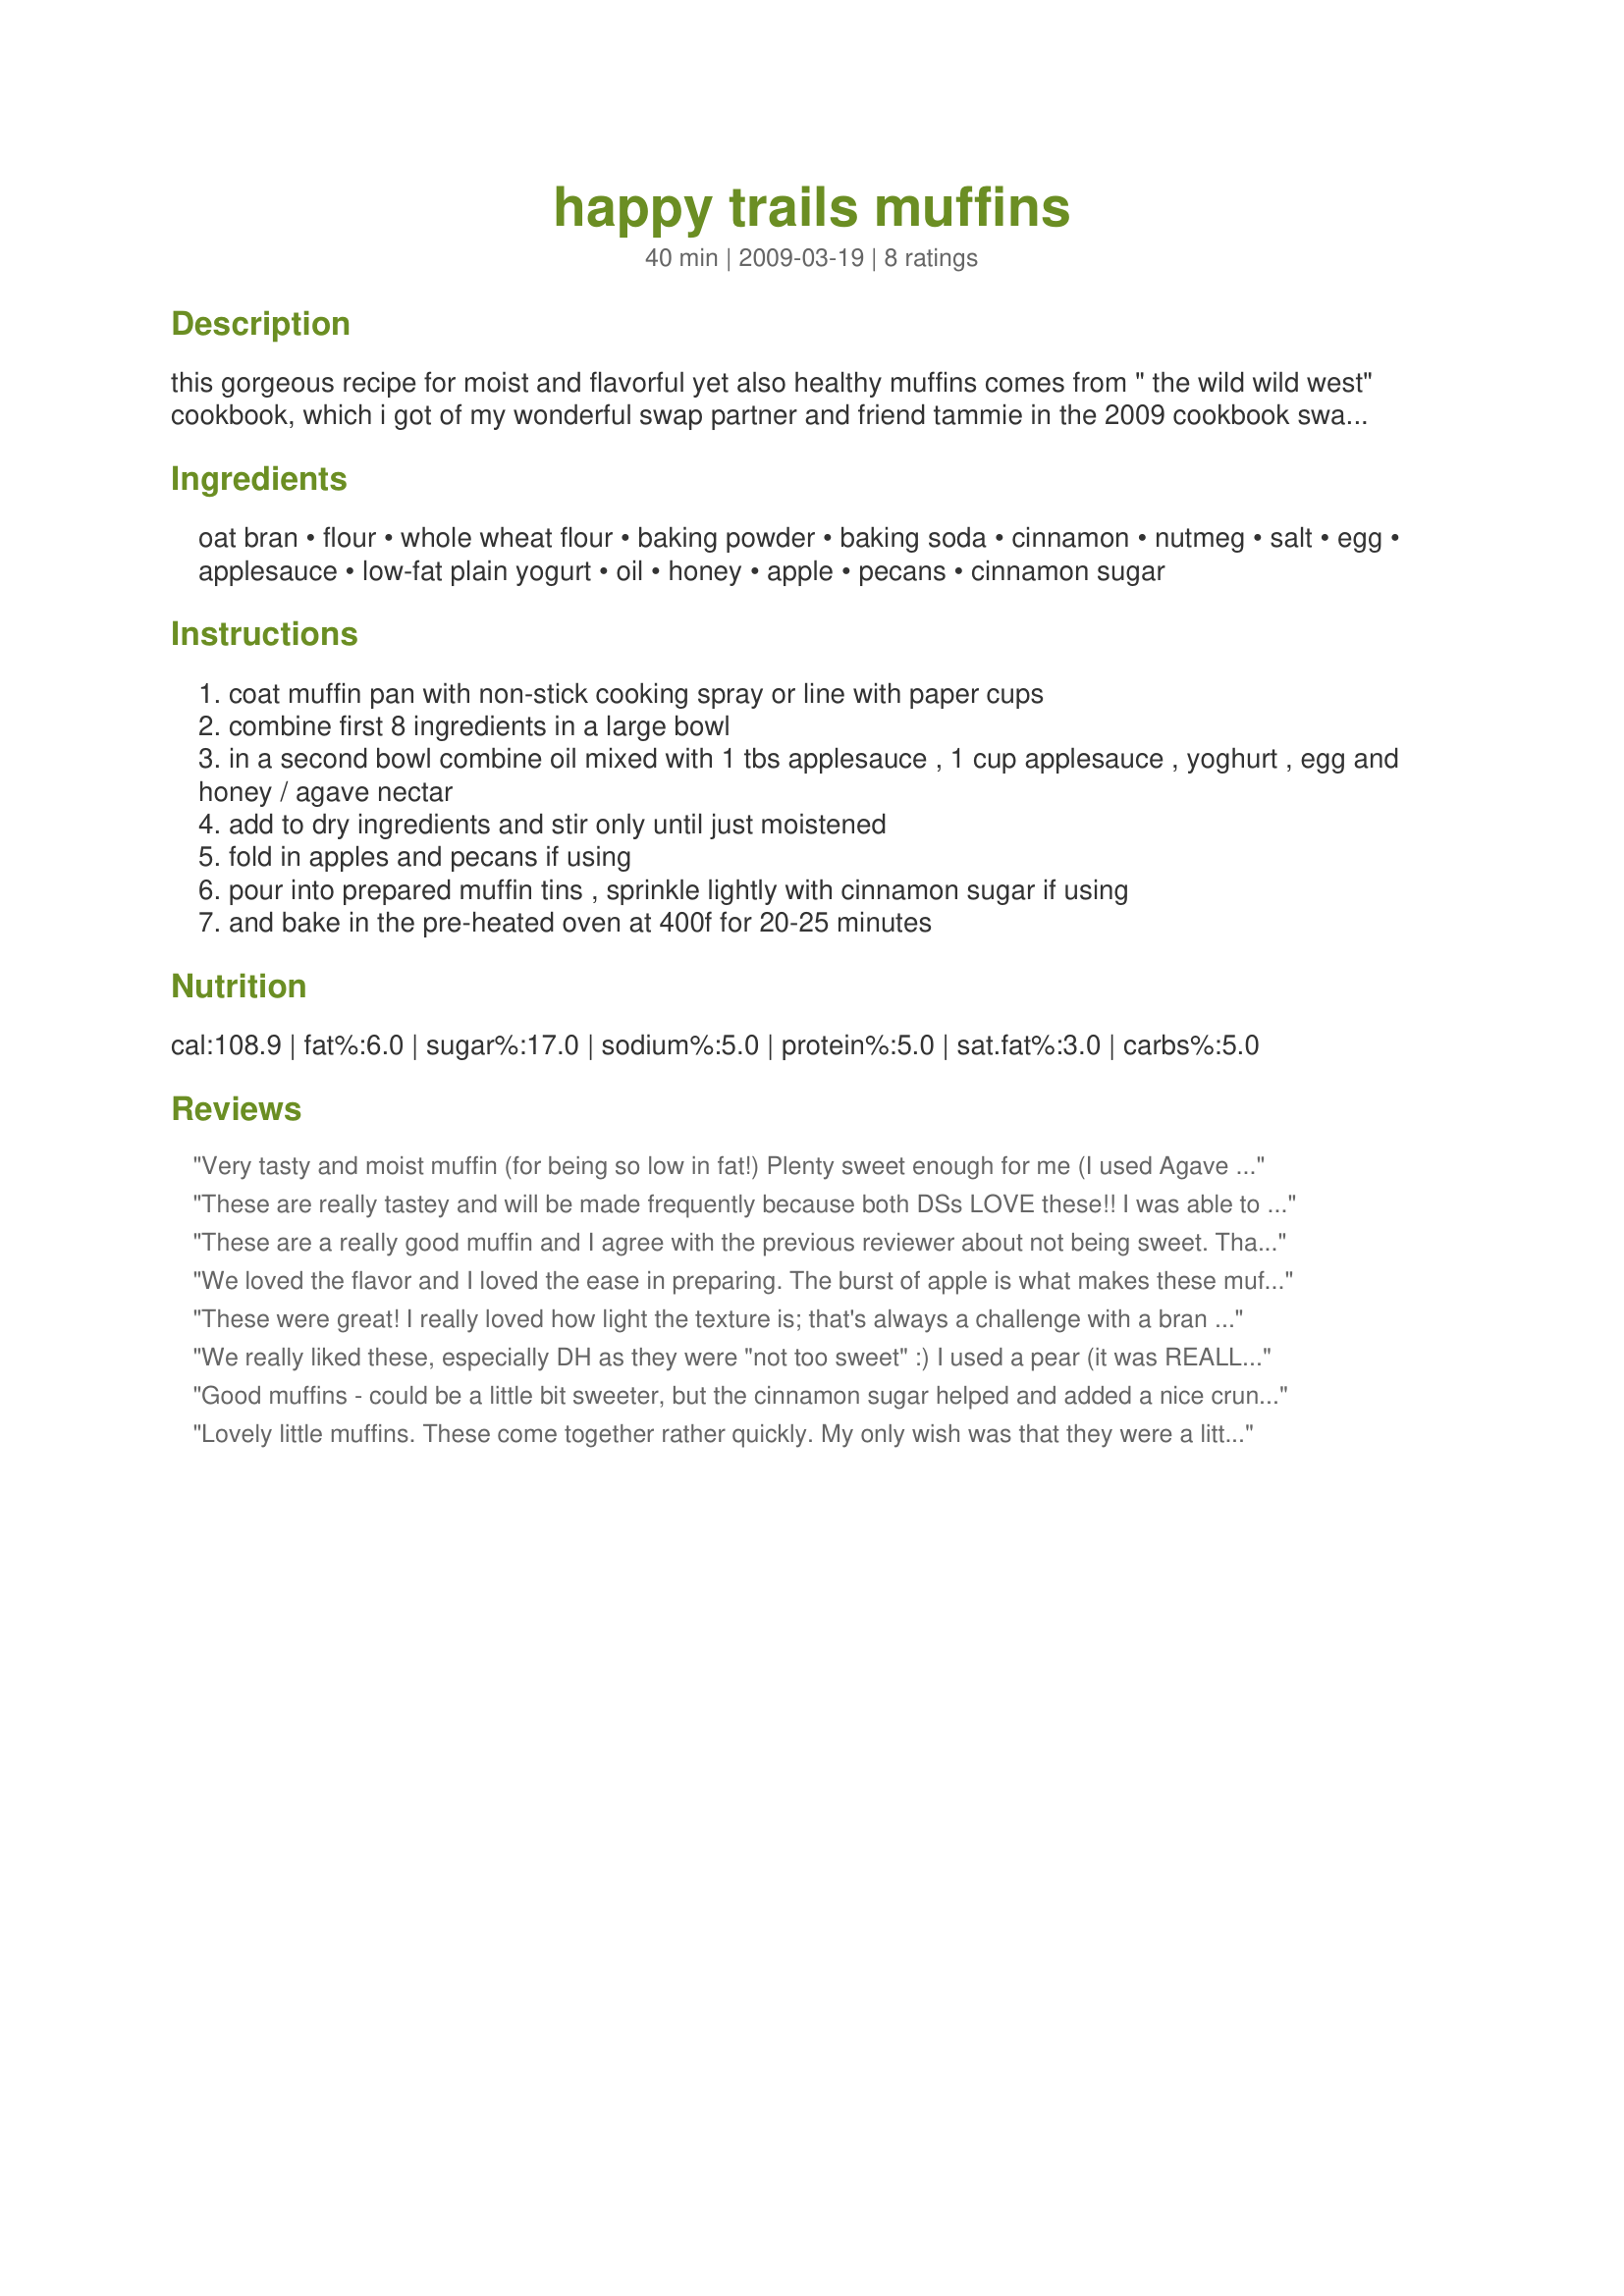
happy trails muffins
Preparation time: 40 minutes

this gorgeous recipe for moist and flavorful yet also healthy muffins comes from " the wild wild west" cookbook, which i got of my wonderful swap partner and friend tammie in the 2009 cookbook swap. i luv how easy and quick it comes together and how tasty the muffins are while still being good for you.

Ingredients:
oat bran, flour, whole wheat flour, baking powder, baking soda, cinnamon, nutmeg, salt, egg, applesauce, low-fat plain yogurt, oil, honey, apple, pecans, cinnamon sugar

Steps:
coat muffin pan with non-stick cooking spray or line with paper cups
combine first 8 ingredients in a large bowl
in a second bowl combine oil mixed with 1 tbs applesauce , 1 cup applesauce , yoghurt , egg and honey / agave nectar
add to dry ingredients and stir only until just moistened
fold in apples and pecans if using
pour into prepared muffin tins , sprinkle lightly with cinnamon sugar if using
and bake in the pre-heated oven at 400f for 20-25 minutes

Reviews:
Very tasty and moist muffin (for being so low in fat!) Plenty sweet enough for me (I used Agave Nectar). I also added about 1/2 teaspoon more cinnamon and another 1/4 teaspoon nutmeg because I like to really taste those two in my muffins. I used the optional pecans. Made for TOP FAVORITES of 2009 COOKBOOKS TAG GAME
These are really tastey and will be made frequently because both DSs LOVE these!! I was able to get a small box of oat bran (just in case we wouldn't use it all) and so I can make a few more batches. I put too much cooking spray in the muffin cups bacause I was afraid of sticking, so the spray burned a little on the outside. I added the pecans, used vanilla yogurt and cinnamon applesauce. I don't feel so bad for letting DS's eat these for lunch since they are so healthy!! Made for AUS/NZ Recipe Swap #48.
These are a really good muffin and I agree with the previous reviewer about not being sweet. That's alright w/me as I like a muffin sometimes where I don't have to worry about the fat grams. This recipe fits the bill nicely in that category along w/being good for you. You didn't have noted whether the apple should be peeled and so I left the peel on. It took me 1/2 of one apple to make a cup. I opted out of the nuts too but I do see where these would make a nice addition. Thanks Laura~
Made for HolidayTag.
We loved the flavor and I loved the ease in preparing. The burst of apple is what makes these muffins stand out. I did include the pecans and think next time I will add even more. Maybe another 1/4 cup. Mine didn't really rise and I got 16 muffins with a few really short ones. So next time I'm making 12 muffins and calling it good (really good). I love it when you have all the ingredients. Well, with the exception of the oat bran that I was able to locate in bulk at the local grocery store. Thanks for posting a keeper. :)
These were great! I really loved how light the texture is; that's always a challenge with a bran muffin. I also love that they aren't sweetened with refined sugar. For us, the sweetness was just enough, though we tend to like breakfast pastries less sweet than most. I used 1/4 c pecans, and used 1 T melted coconut oil instead of 2. I will absolutely be making these again; thanks for posting a keeper. Made for Went to Market tag.
We really liked these, especially DH as they were "not too sweet" :) I used a pear (it was REALLY ripe) instead of the apple, so these had a little lighter taste, and used 3/4 cup ground golden flax meal instead of the oat bran (personal preference). Also made these as mini-muffins (350F for ~ 13 mins), as they fit good in DH lunch bag and I don't have regular muffin tins! Another keeper recipe! Thanks Lalaloula! Made for POTLUCK TAG, April 2009!
Good muffins - could be a little bit sweeter, but the cinnamon sugar helped and added a nice crunch! I was confused where the applesauce was listed twice, but added it both times and it seemed to work out fine. My yield was 10 muffins. Made for Veg*n Swap 9.
Lovely little muffins. These come together rather quickly. My only wish was that they were a little sweeter. Next time I will add 1-2 tablespoons brown sugar. Thanks for posting Laura! Made for Holiday Tag
Update! I made made more muffins today - DH requested. I added 1/2 cup of chopped dates in place of the nuts. Just the extra amount of sweetness! DH loves these! Going into "his cookbook!"
